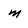
Character: m